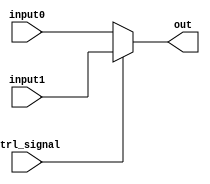
module MUX32(
    input [31 : 0] input0, input1,
    input ctrl_signal,
    output [31 : 0] out
);

assign out = (ctrl_signal == 0)? input0 : input1;

endmodule